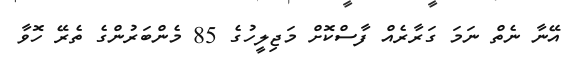
އޭނާ ނެތް ނަމަ ގަރާރެއް ފާސްކޮށް މަޖިލީހުގެ 85 މެންބަރުންގެ ތެރޭ ހޮވާ